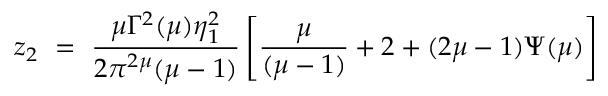
z _ { 2 } ~ = ~ \frac { \mu \Gamma ^ { 2 } ( \mu ) \eta _ { 1 } ^ { 2 } } { 2 \pi ^ { 2 \mu } ( \mu - 1 ) } \left[ \frac { \mu } { ( \mu - 1 ) } + 2 + ( 2 \mu - 1 ) \Psi ( \mu ) \right]